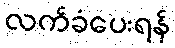
လက်ခံပေးရန်